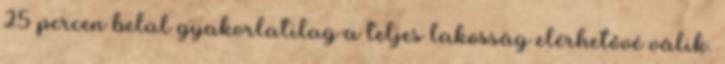
25 percen belül gyakorlatilag a teljes lakosság elérhetővé válik.